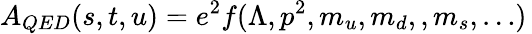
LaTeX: A_{QED}(s,t,u)=e^{2}f(\Lambda,p^{2},m_{u},m_{d},,m_{s},\ldots)\,